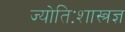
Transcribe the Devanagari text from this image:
ज्योतिःशास्त्रज्ञ